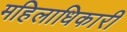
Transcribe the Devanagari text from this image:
महिलाधिकारी